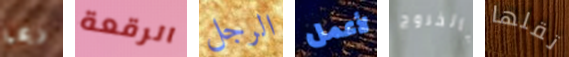
ربما الرقعة الرجل لأعمل بالخروج تقلها